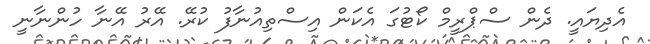
އެދިޔައީ. ދެން ސްޕްރީމް ކޯޓުގަ އެކަން އިސްތިއުނާފު ކުރޭ. އޭރު އޭނާ ހުންނާނީ